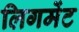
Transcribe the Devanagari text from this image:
लिगमेंट